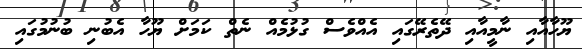
ޔޫހާއާއި ނާމީއާއި ދޭތެރޭގައި އެއްވެސް ގުޅުމެއް ނެތް ކަމަށް ޔޫހާ އެބުނި ބުނުމުގައި